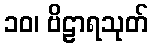
၁၀၊ ဗိဠာရသုတ်